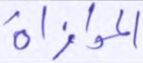
الموازاة